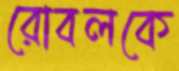
রোবলকে